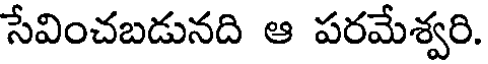
సేవించబడునది ఆ పరమేశ్వరి.